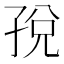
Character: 𫲦